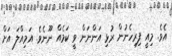
އެވެ. މިއީ ފިރިހެނުން ރުޅި އަންނަން ވީ ކަމެއް ނޫނެވެ. އަމިއްލަ އަށް